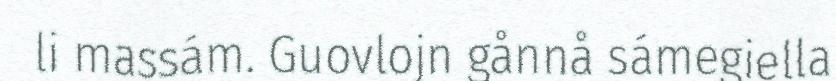
li massám. Guovlojn gånnå sámegiella